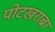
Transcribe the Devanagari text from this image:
पोटखराबा